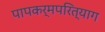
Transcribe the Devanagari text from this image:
पापकर्मपरित्याग